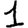
Digit: 1